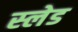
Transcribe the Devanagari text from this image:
स्‍लेड